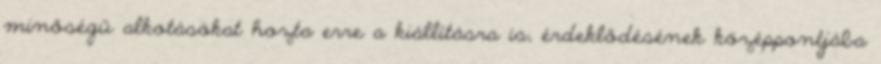
minőségű alkotásokat hozta erre a kiállításra is, érdeklődésének középpontjába